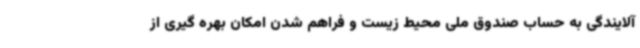
آلایندگی به حساب صندوق ملی محیط زیست و فراهم شدن امکان بهره گیری از